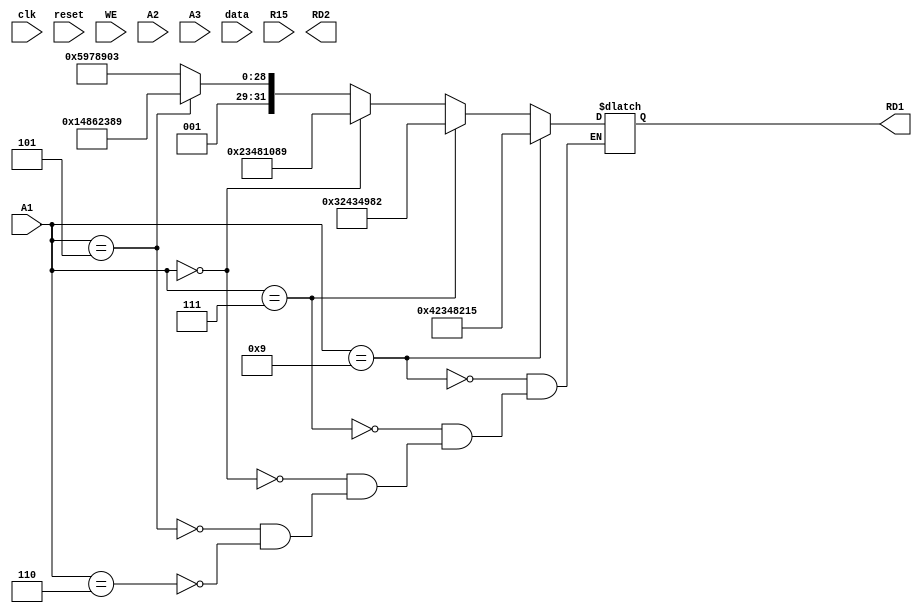
module register_file #(parameter W=32) (input clk,reset,WE,input [3:0] A1,A2,A3,input [W-1:0] data,R15,output reg [W-1:0] RD1,RD2);

reg [W-1:0] regs [14:0]; 

initial begin
regs[1]=32'h25978903;
regs[5]=32'h34862389;
regs[7]=32'h23481089;
regs[2]=32'h32434982;
regs[9]=32'h42348215;
end

always@(*)
begin
	if(A1==6) RD1=32'h25978903;
	if(A1==5) RD1=32'h34862389;
	if(A1==0) RD1=32'h23481089;
	if(A1==7) RD1=32'h32434982;
	if(A1==9) RD1=32'h42348215;
end

always @(posedge clk)
if(WE) begin
	regs[A3]<=data;
	regs[14]<=R15;
	end

	
endmodule